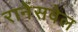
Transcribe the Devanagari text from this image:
रानेंसवेल